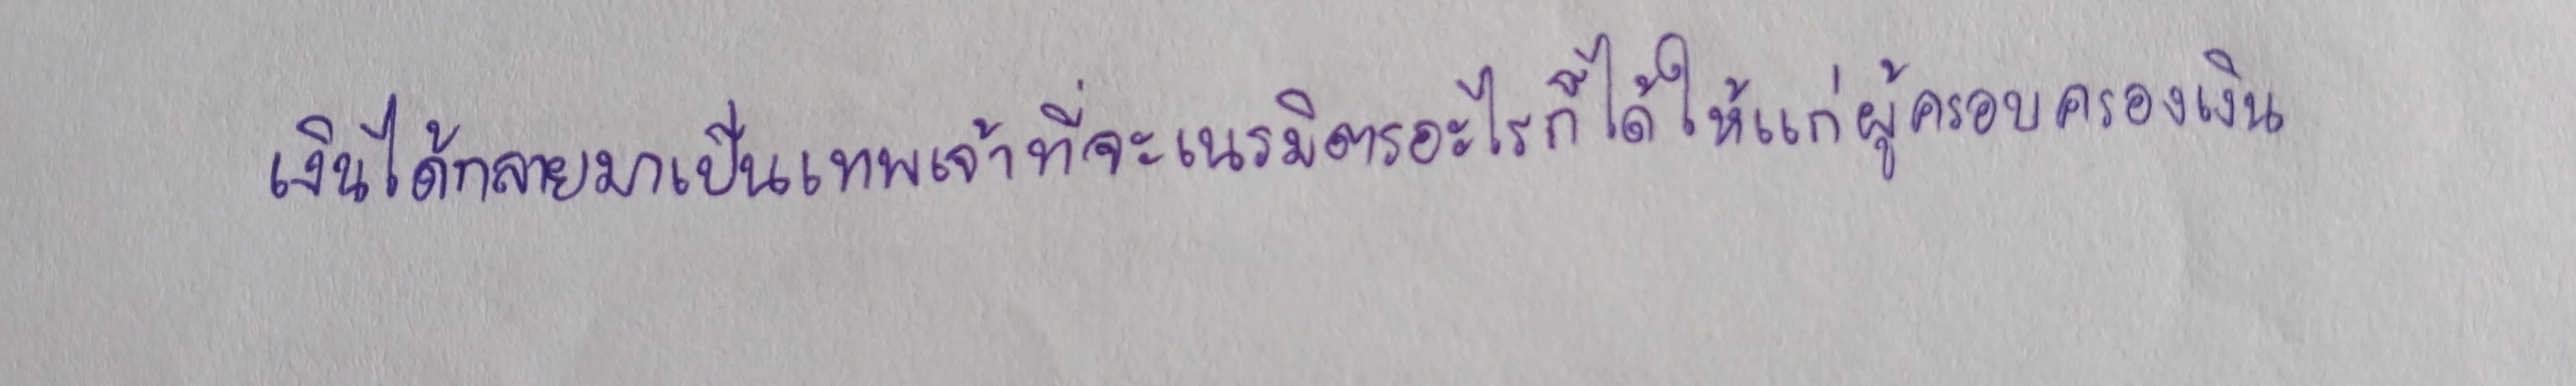
เงินได้กลายมาเป็นเทพเจ้าที่จะเนรมิตรอะไรก็ได้ให้แก่ผู้ครอบครองเงิน